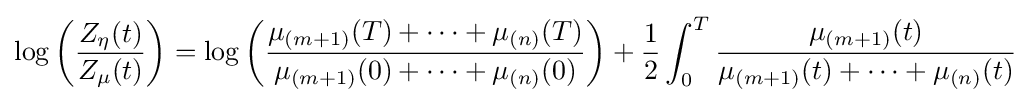
\log \left({\frac {Z_{\eta }(t)}{Z_{\mu }(t)}}\right)=\log \left({\frac {\mu _{(m+1)}(T)+\cdots +\mu _{(n)}(T)}{\mu _{(m+1)}(0)+\cdots +\mu _{(n)}(0)}}\right)+{\frac {1}{2}}\int _{0}^{T}{\frac {\mu _{(m+1)}(t)}{\mu _{(m+1)}(t)+\cdots +\mu _{(n)}(t)}}